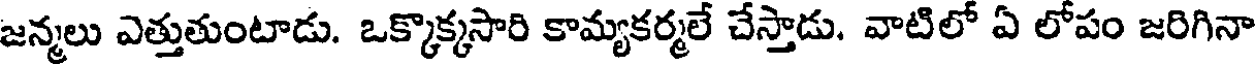
జన్మలు ఎత్తుతుంటాడు. ఒక్కొక్కసారి కామ్యకర్మలే చేస్తాడు. వాటిలో ఏ లోపం జరిగినా